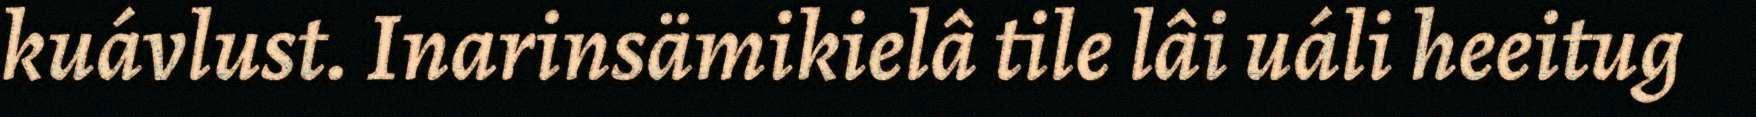
kuávlust. Inarinsämikielâ tile lâi uáli heeitug